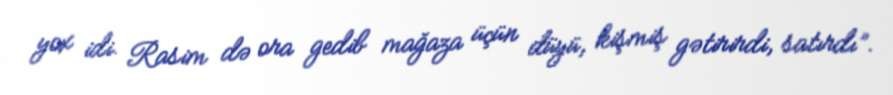
yox idi. Rasim də ora gedib mağaza üçün düyü, kişmiş gətirirdi, satırdı”.